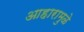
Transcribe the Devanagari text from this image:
आहारामुळे